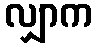
လျှာက